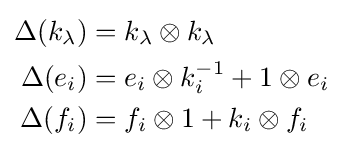
{\begin{aligned}\Delta (k_{\lambda })&=k_{\lambda }\otimes k_{\lambda }\\\Delta (e_{i})&=e_{i}\otimes k_{i}^{-1}+1\otimes e_{i}\\\Delta (f_{i})&=f_{i}\otimes 1+k_{i}\otimes f_{i}\end{aligned}}